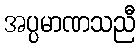
အပ္ပမာဏသညီ